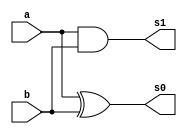
// ------------------------- 
// Exemplo0033 / Somados/Subtrator
// Nome: Pedro Ballona
// ------------------------- 
 
// ------------------------- 
//  meia Soma 
// ------------------------- 
module meiaSoma (output s0,	 output s1,  
                               input a,  
                               input b); 
 
// descrever por portas



and(s1,a,b);
xor(s0,a,b);


 
endmodule // fullAdder


// ------------------------- 
//  full adder 
// ------------------------- 
module fullAdder (output s0,	 output s1,  
                               input a,  
                               input b,  
                               input carryIn); 
 
// descrever por portas
wire meiaSoma1[0:1];
wire meiaSoma2[0:1];

meiaSoma porta1(meiaSoma1[1],meiaSoma1[0],a,b);
meiaSoma porta2(meiaSoma2[1],meiaSoma2[0],meiaSoma1[1],carryIn);

assign s0 = meiaSoma2[1];
or(s1,meiaSoma1[0],meiaSoma2[0]);
 
endmodule // fullAdder

// ------------------------- 
//  FAFS 
// ------------------------- 
module FAFS (output s0,	 output s1,  
                               input a,  
                               input b,  
                               input carryIn,
										 input sel); 
 
// descrever por portas
wire xor1;
xor(xor1,b,sel);
fullAdder FA(s0,s1,a,xor1,carryIn);


 
endmodule // FAFS


// ------------------------- 
//  FAFS6b
// -------------------------
module somador6b (output[5:0] c,
										 input[5:0] a,
										 input[5:0] b,
										 input sel);

 
		wire [5:0] x; 
      wire [5:0] y;      
      //wire [5:0] soma;
		wire carry;
		wire carry2;
		wire carry3;
		wire carry4;
		wire carry5;
		wire carry6;			
		FAFS soma0(c[0],carry,a[0],b[0],sel,sel);
		FAFS soma1(c[1],carry2,a[1],b[1],carry,sel);
		FAFS soma2(c[2],carry3,a[2],b[2],carry2,sel);
		FAFS soma3(c[3],carry4,a[3],b[3],carry3,sel);
		FAFS soma4(c[4],carry5,a[4],b[4],carry4,sel);
		FAFS soma5(c[5],carry6,a[5],b[5],carry5,sel);	
		

										 
endmodule//somador6b

// ------------------------- 
//  Mais um Operando
// ------------------------- 
module M1 (output[5:0] s0,	    input[5:0] a,  
                               input[5:0] b,
										 input sel); 
 
// descrever por portas



somador6b S1(s0,a,b,sel);

 
endmodule // fullAdder




module test_FAFS; 
// ------------------------- definir dados 
      reg[5:0] x;
		reg[5:0] w;
		reg[5:0] e;
		reg c;
		
		wire[5:0] y;
		wire[5:0] m1;
		
		M1 p1(m1,x,e,c);
		somador6b somador(y,m1,w,c);
				
		
		
 
// ------------------------- parte principal 
 initial begin 
      $display("Exemplo0033 - Pedro Ballona - 427455"); 
      $display("Test ALUs somador/subtratpr (1-subtrator 0-somador)");
		x=6'b000011;	e=6'b000010; w=6'b000001; c=1'b1;	
		#1 $display("(%b - %b) - %b = %b",x,e,w,y);
		
		
		
 
 // projetar testes do somador complete 
 
 end 
 
endmodule // test_c2